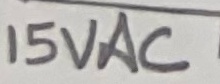
Text: 15VAC